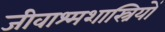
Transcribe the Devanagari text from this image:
जीवाश्मशास्त्रियों